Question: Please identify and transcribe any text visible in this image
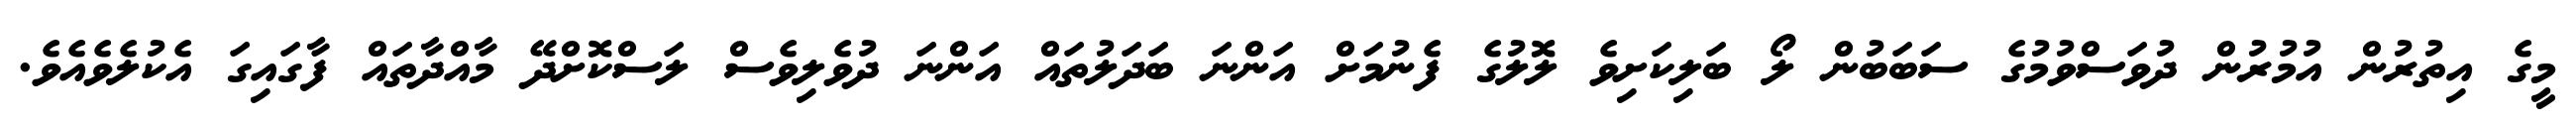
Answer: މީގެ އިތުރުން އުމުރުން ދުވަސްވުމުގެ ސަބަބުން ލޯ ބަލިކަށިވެ ލޮލުގެ ފެނުމަށް އަންނަ ބަދަލުތައް އަންނަ ދުވެލިވެސް ލަސްކޮށްދޭ މާއްދާތައް ފާގައިގަ އެކުލެވެއެވެ.